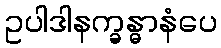
ဥပါဒါနက္ခန္ဓာနံပေ